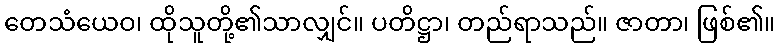
တေသံယေဝ၊ ထိုသူတို့၏သာလျှင်။ ပတိဋ္ဌာ၊ တည်ရာသည်။ ဇာတာ၊ ဖြစ်၏။